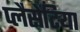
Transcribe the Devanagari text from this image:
प्लैसेंटिया